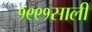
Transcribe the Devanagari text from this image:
१९९१साली